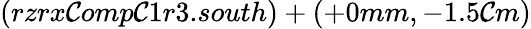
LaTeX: (rzrx\mathcal{C}omp\mathcal{C}1r3.south)+(+0mm,-1.5\mathcal{C}m)